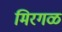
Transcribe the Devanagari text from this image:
मिरगळ